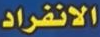
الانفراد